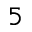
5